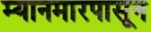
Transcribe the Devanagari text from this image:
म्यानमारपासून